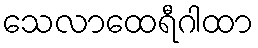
သေလာထေရီဂါထာ